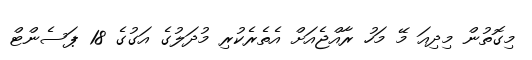
މިގޮތުން މިދިއަ މޭ މަހު ރާއްޖެއަށް އެތެރެކުރި މުދަލުގެ އަގުގެ 18 ޕަސެންޓް